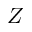
Z